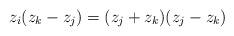
LaTeX: \begin{align*}z_i (z_k - z_j) = (z_j + z_k) (z_j - z_k)\end{align*}